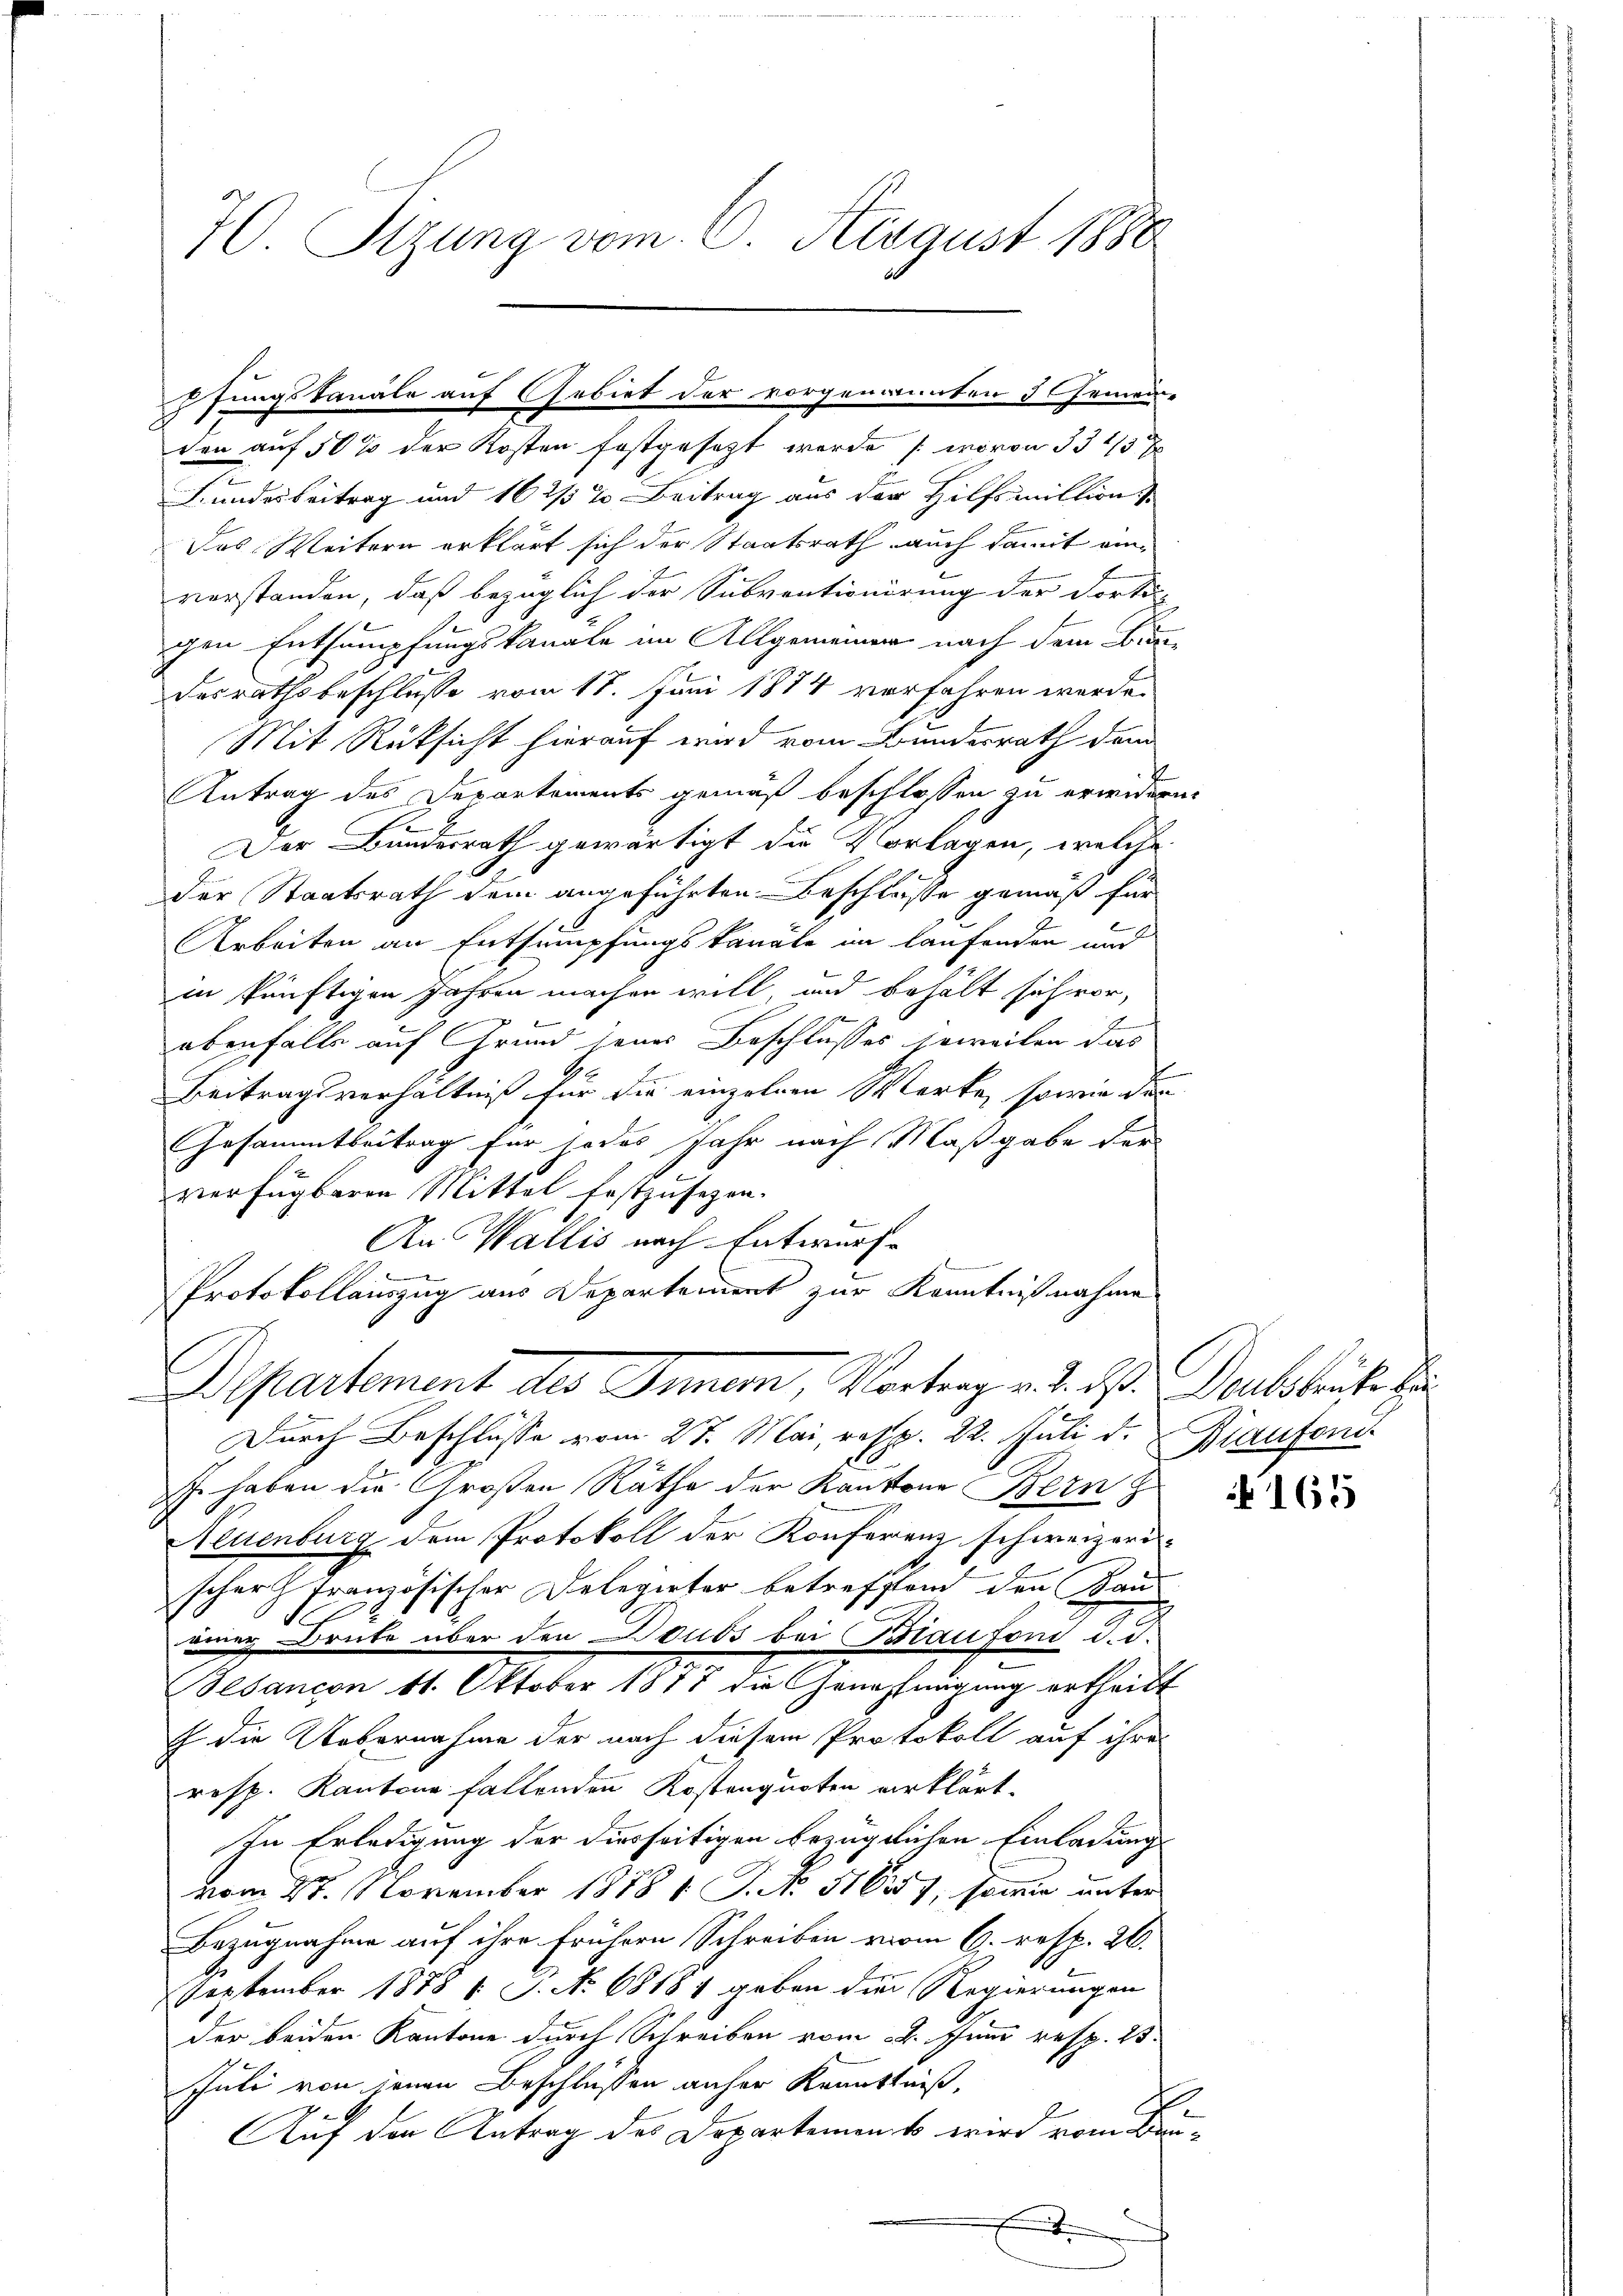
70. Stzung vom 8. August 1888

den auf 50 % der Kosten festgesezt werde (wovon 33 1/3 x
Bundesbeitrag und 16 2/5 % Beitrag aus der Hilfsmillions
Das Weitern erklärt sich der Staatsrath auch damit anverstanden, daß bezüglich der Subventionirung der Dorti
gen Entsumpfungskanale im Allgemeiner nach dem Bundesrathsbeschlusse vom 18. Juni 1874 verfahren werde.
Mit Rüksicht hierauf wird vom Bundesrath dem
Antrag des Departements gemäß beschlossen zu erwidern.
Der Bundesrath gewärtigt die Vorlagen, welche
der Staatsrath dem angeführten Beschlusse gemäß für
e
Arbeiten an Entsumpfungskanäle im laufenden und
in künftigen Jahren machen will, und behält sich vor,
b
7
ebenfalls auf Grund seines Beschlusses soweiten das
f
Beitragsverhältniß für die einzelnen Werke, sowie der
Gesammtbeitrag für jedes Jahr nach Maßgabe der
verfügbaren Mittel festzusezen.
An Wallis nach Entwurf

Protokollauszug aus Departement zur Kenntnißnahme
Bepartement des Inner, Vortrag v. d. d. Doubsbruche Er
Durch Beschlüsse vom 27. Mai, resp. 22. Juli d.
. haben die Großen Räthe der Kantone Bern z
Neuenburg dem Protokoll der Konferenz schweizerischer französischer Delegirter betreffend den Bauuug Brute über den Doubs bei Biaufoni d. d.
esancon 11. Oktober 1817 die Genehmigung ertheilt
f die Uebernahme der nach diesem Protokoll auf ihre
resp. Kantone fallenden Kostenquoten erklärt.
In Erledigung der diesseitigen bezüglichen Einladung
vom 27. November 1878 1. P. No. 51627, sowie unter
Bezugnahme auf ihre frühern Schreiben vom 6. resp. 26.
September 1878 l. J. No 68184 geben die Regierungen
der beiden Kantone durch Schreiben vom 4. Juni resp. 25.
Juli von jenen Beschlüssen anher Kenntniß,
d
E
Auf den Antrag des Departement wird vom Bun¬
E

pfungskanale auf Gebiet der vorgenannten Gemeine

Biaufen.

165